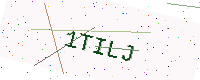
Text: 1TILJ